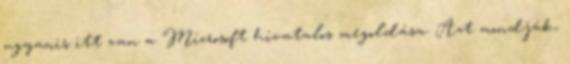
ugyanis itt van a Microsoft hivatalos megoldása. Azt mondják,